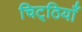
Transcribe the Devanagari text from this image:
चिट्‌ठियाँ